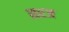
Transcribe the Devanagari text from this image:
सरज